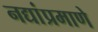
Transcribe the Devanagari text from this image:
नद्यांप्रमाणे